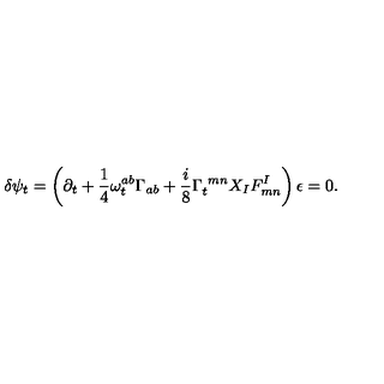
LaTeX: \delta \psi _ { t } = \left( \partial _ { t } + { \frac { 1 } { 4 } } \omega _ { t } ^ { a b } \Gamma _ { a b } + { \frac { i } { 8 } } \Gamma _ { t } ^ { \ m n } X _ { I } F _ { m n } ^ { I } \right) \epsilon = 0 .